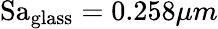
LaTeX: \mathrm{Sa}_{\mathrm{glass}}=0.258\mu m